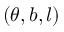
( \theta , b , l )